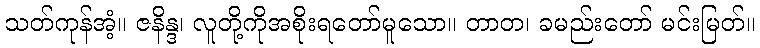
သတ်ကုန်အံ့။ ဇနိန္ဒ၊ လူတို့ကိုအစိုးရတော်မူသော။ တာတ၊ ခမည်းတော် မင်းမြတ်။